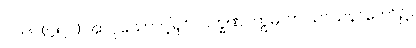
၂၁၆။ (၄၅၁) အာဝုသော၊ ငါ့ရှင်လက္ခဏ။ ဣဓ၊ ဤသာသနာတော်၌။